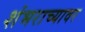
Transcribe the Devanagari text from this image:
शंभराच्यावर